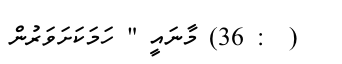
(  : 36) މާނައީ " ހަމަކަށަވަރުން